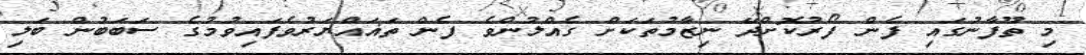
މި ތޫފާނުގައި ފެން ފޯރުކޮށްދޭ ނިޒާމުތަކަށް ގެއްލުންވެ ފެން ތަޣައްޔަރުވެފައިވުމުގެ ސަބަބުން ބަލި